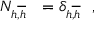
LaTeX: N _ { h \overline { { { , h } } } \ \ } = \delta _ { h \overline { { { , h } } } \ \ } ,